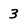
Character: 3